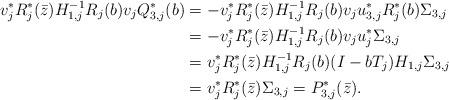
LaTeX: \begin{align*} v_j^*R_j^*(\bar z)H_{1,j}^{-1}R_j(b)v_jQ_{3,j}^*(b) & = -v_j^* R_j^*(\bar z)H_{1,j}^{-1} R_j(b)v_ju_{3,j}^*R_j^*(b) \Sigma_{3,j}\\ & = -v_j^* R_j^*(\bar z)H_{1,j}^{-1} R_j(b)v_ju_{j}^* \Sigma_{3,j}\\ & = v_j^* R_j^*(\bar z)H_{1,j}^{-1} R_j(b) (I-bT_j) H_{1,j} \Sigma_{3,j}\\ & = v_j^* R_j^*(\bar z) \Sigma_{3,j} = P_{3,j}^*(\bar z). \end{align*}